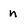
Character: n